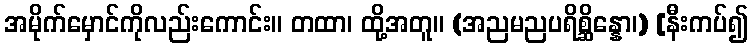
အမိုက်မှောင်ကိုလည်းကောင်း။ တထာ၊ ထို့အတူ။ (အညမညပရိစ္ဆိန္နော၊) [နီးကပ်၍